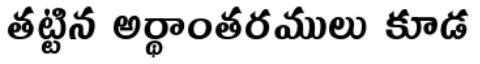
తట్టిన అర్థాంతరములు కూడ